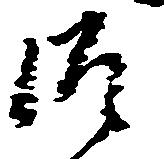
御